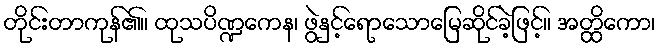
တိုင်းတာကုန်၏။ ထုသပိဏ္ဍကေန၊ ဖွဲနှင့်ရောသောမြေဆိုင်ခဲ့ဖြင့်။ အတ္ထိကော၊